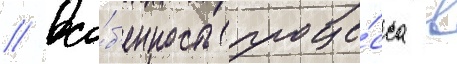
// Осо́б'енность проце́сса в